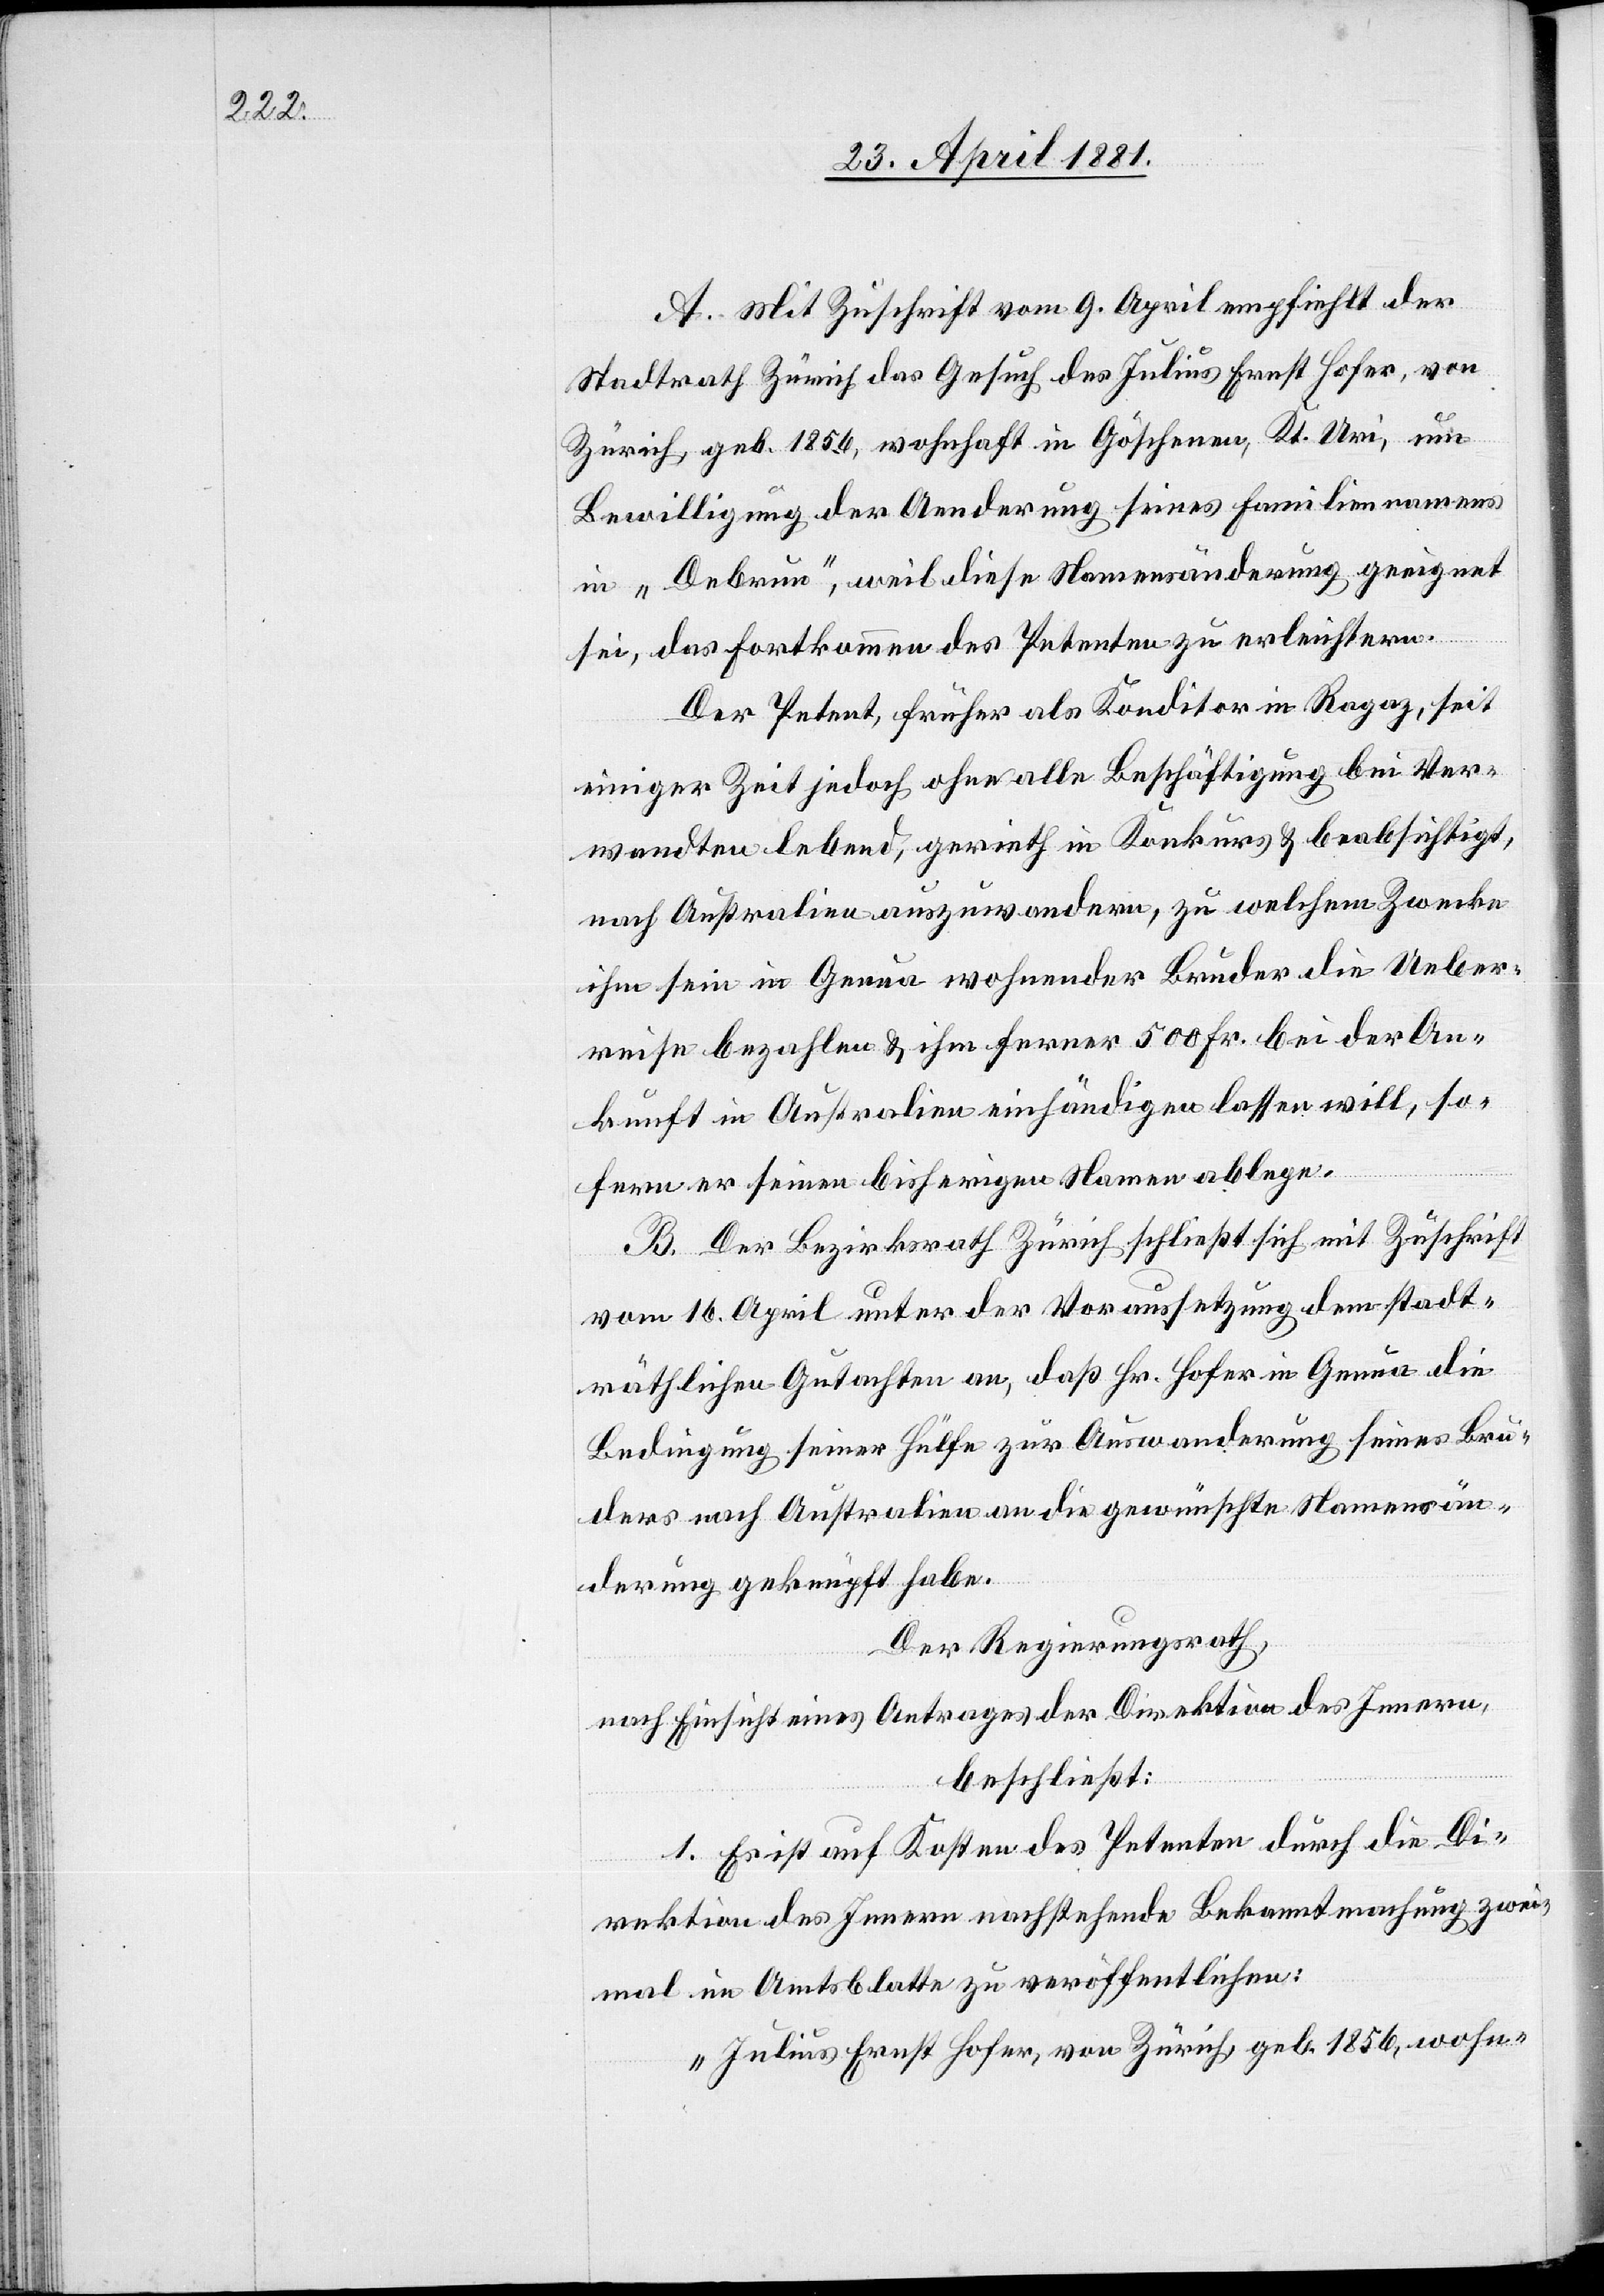
A. Mit Zuschrift vom 9. April empfiehlt der
Stadtrath Zürich das Gesuch des Julius Ernst Hofer, von
Zürich, geb. 1856, wohnhaft in Göschenen, Kt. Uri, um
Bewilligung der Aenderung seines Familiennamens
in „Debrun“ [sic!], weil diese Namensveränderung geeignet
sei, das Fortkommen des Petenten zu erleichtern.
Der Petent, früher als Konditor in Ragaz, seit
einiger Zeit jedoch ohne alle Beschäftigung bei Ver¬
wandten lebend, gerieth in Konkurs & beabsichtigt,
nach Australien auszuwandern, zu welchem Zwecke
ihm sein in Genua wohnender Bruder die Ueber¬
reise bezahlen & ihm ferner 500 Fr. bei der An¬
kunft in Australien einhändigen lassen will, so¬
fern er seinen bisherigen Namen ablege.
B. Der Bezirksrath Zürich schließt sich mit Zuschrift
vom 16. April unter der Voraussetzung dem stadt¬
räthlichen Gutachten an, daß Hr. Hofer in Genua die
Bedingung seiner Hülfe zur Auswanderung seines Bru¬
ders nach Australien an die gewünschte Namensän¬
derung geknüpft habe.
Der Regierungsrath,
nach Einsicht eines Antrages der Direktion des Innern,
beschließt:
1. Es ist auf Kosten des Petenten durch die Di¬
rektion des Innern nachstehende Bekanntmachung zwei¬
mal im Amtsblatte zu veröffentlichen:
„Julius Ernst Hofer, von Zürich, geb. 1856, wohn-